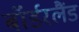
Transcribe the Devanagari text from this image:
बॉर्डरलैंड